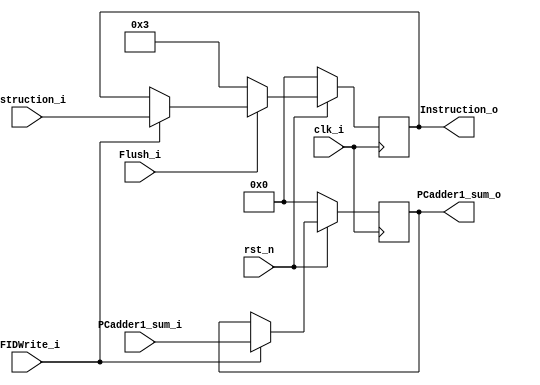
module Pipe_IFID(clk_i, rst_n, Flush_i, PCadder1_sum_i, Instruction_i, IFIDWrite_i, PCadder1_sum_o, Instruction_o);

input clk_i;
input rst_n;

input Flush_i;
input [15:0] PCadder1_sum_i, Instruction_i;
input IFIDWrite_i;
output reg [15:0] PCadder1_sum_o, Instruction_o;

wire [15:0] PCadder1_sum_comb;
wire [15:0] Instruction_comb;

always@(posedge clk_i)
    if(~rst_n)
        PCadder1_sum_o <= 16'b0;
    else
        PCadder1_sum_o <= PCadder1_sum_comb;
        
assign PCadder1_sum_comb = IFIDWrite_i == 0 ? PCadder1_sum_o : PCadder1_sum_i;

always@(posedge clk_i)
    if(~rst_n)
        Instruction_o <= 16'b0;
    else
        Instruction_o <= Instruction_comb;
        
assign Instruction_comb = Flush_i == 0 ? 16'b0000000000000011 : IFIDWrite_i == 0 ? Instruction_o : Instruction_i;

endmodule